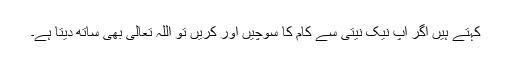
کہتے ہیں اگر آپ نیک نیتی سے کام کا سوچیں اور کریں تو اللہ تعالیٰ بھی ساتھ دیتا ہے۔